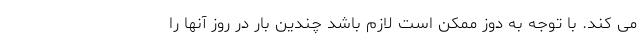
می کند. با توجه به دوز ممکن است لازم باشد چندین بار در روز آنها را